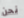
نحن